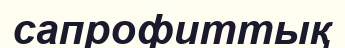
сапрофиттық